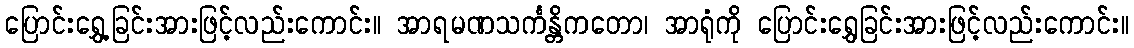
ပြောင်းရွှေ့ခြင်းအားဖြင့်လည်းကောင်း။ အာရမဏသင်္ကန္တိကတော၊ အာရုံကို ပြောင်းရွှေခြင်းအားဖြင့်လည်းကောင်း။